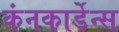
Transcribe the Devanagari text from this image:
कंनकार्डेन्स